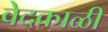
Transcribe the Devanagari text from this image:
वेदकाळी